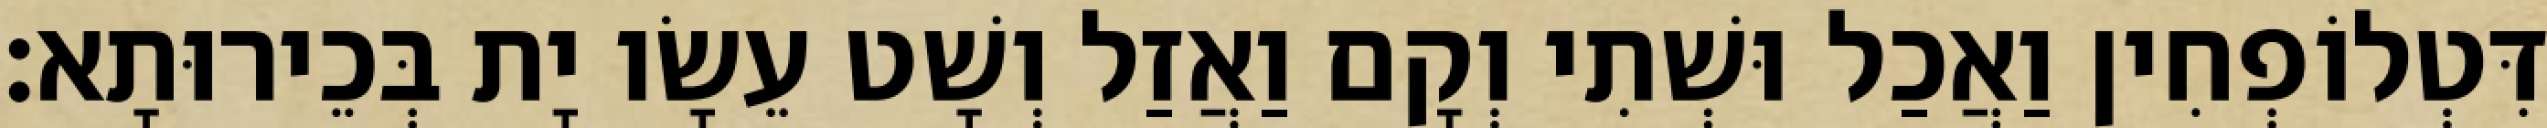
דִּטְלוֹפְחִין וַאֲכַל וּשְׁתִי וְקָם וַאֲזַל וְשָׁט עֵשָׂו יָת בְּכֵירוּתָא׃